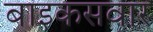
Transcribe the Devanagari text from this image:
बाइकसवार